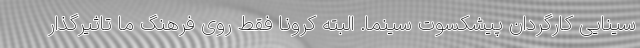
سینایی کارگردان پیشکسوت سینما. البته کرونا فقط روی فرهنگ ما تاثیرگذار